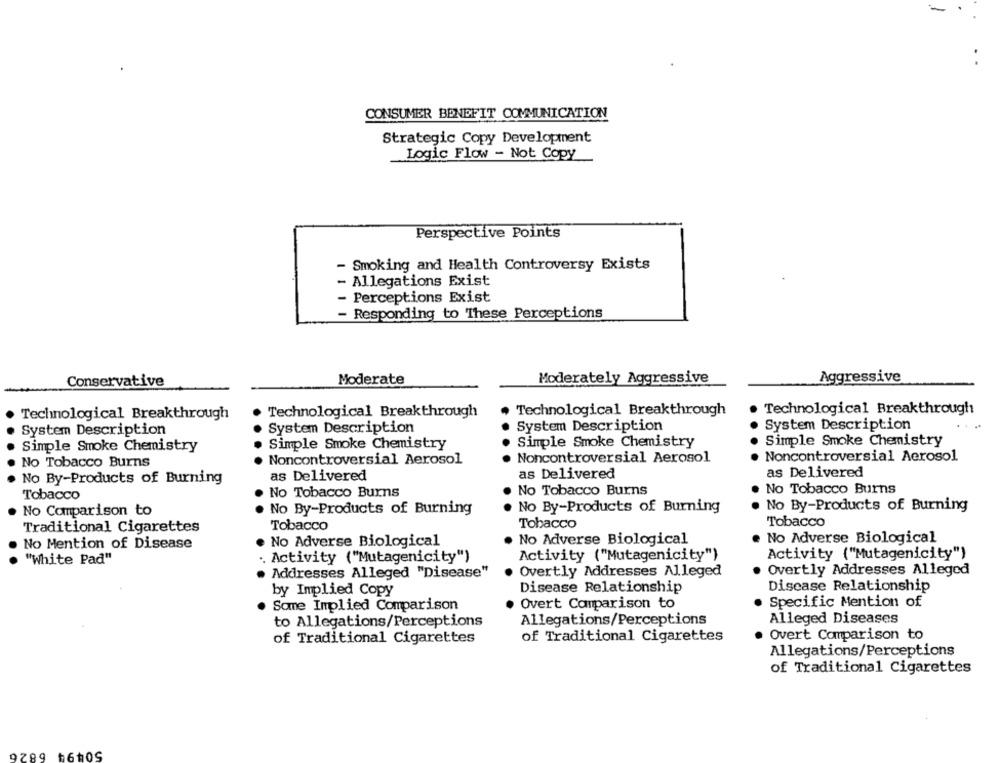
CONSUMER BENEFIT COMMUNICATION
Strategic Copy Development
Logic Flow - Not Copy
Perspective Points
- Smoking and Health Controversy Exists
- Allegations Exist
- Perceptions Exist
- Responding to These Perceptions
Conservative
Moderate
Moderately Aggressive
Aggressive
Technological Breakthrough
Technological Breakthrough
Technological Breakthrough
Technological Breakthrough
System Description
System Description
System Description
System Description
Simple Smoke Chemistry
Simple Smoke Chemistry
Simple Smoke Chemistry
Simple Smoke Chemistry
Noncontroversial Aerosol
Noncontroversial Aerosol
No Tobacco Burns
Noncontroversial Aerosol
as Delivered
No By-Products of Burning
as Delivered
as Delivered
Tobacco
No Tobacco Burns
No Tobacco Burns
No Tobacco Burns
No Comparison to
No By-Products of Burning
. No By-Products of Burning
No By-Products of Burning
Tobacco
Tobacco
Tobacco
Traditional Cigarettes
. No Adverse Biological
e No Adverse Biological
No Mention of Disease
. No Adverse Biological
Activity ("Mutagenicity")
Activity ("Mutagenicity")
"White Pad"
. Activity ("Mutagenicity")
Overtly Addresses Alleged
Overtly Addresses Alleged
. Addresses Alleged "Disease"
by Implied Copy
Disease Relationship
Disease Relationship
Specific Mention of
Some Implied Comparison
Overt Comparison to
to Allegations/Perceptions
Allegations/Perceptions
Alleged Diseases
of Traditional Cigarettes
of Traditional Cigarettes
. Overt Comparison to
Allegations/Perceptions
of Traditional Cigarettes
9289 16toS